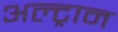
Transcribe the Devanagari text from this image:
अल्ट्रान